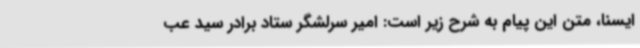
ایسنا، متن این پیام به شرح زیر است: امیر سرلشگر ستاد برادر سید عب